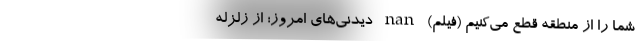
شما را از منطقه قطع می‌کنیم (فیلم) nan دیدنی‌های امروز؛ از زلزله